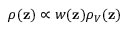
\rho ( \mathbf { z } ) \propto w ( \mathbf { z } ) \rho _ { V } ( \mathbf { z } )